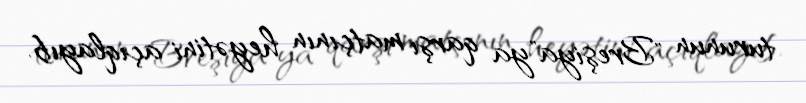
turunun "Breşiya"ya qarşı matçının heyətini açıqlayıb.